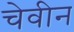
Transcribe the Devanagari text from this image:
चेवीन